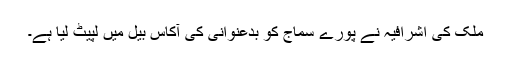
ملک کی اشرافیہ نے پورے سماج کو بدعنوانی کی آکاس بیل میں لپیٹ لیا ہے۔